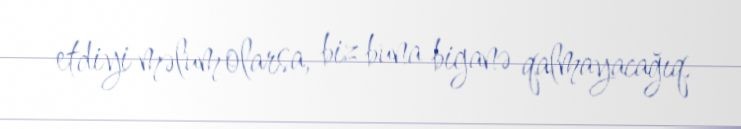
etdiyi məlum olarsa, biz buna biganə qalmayacağıq.